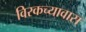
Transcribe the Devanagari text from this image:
विरकच्यावास